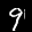
Label: 9